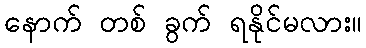
နောက် တစ် ခွက် ရနိုင်မလား။